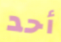
أحد